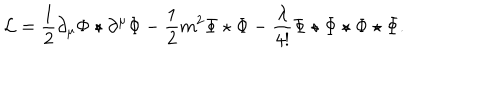
\mathcal { L } = \frac { 1 } { 2 } \partial _ { \mu } \Phi \star \partial ^ { \mu } \Phi - \frac 1 2 m ^ { 2 } \Phi \star \Phi - \frac \lambda { 4 ! } \Phi \star \Phi \star \Phi \star \Phi .